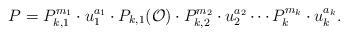
LaTeX: \begin{align*} P= P_{k,1}^{m_1}\cdot u_1^{a_1} \cdot P_{k,1}(\mathcal{O})\cdot P_{k,2}^{m_2}\cdot u_2^{a_2}\cdots P_k^{m_k}\cdot u_k^{a_k}. \end{align*}